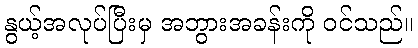
နွယ့်အလုပ်ပြီးမှ အဘွားအခန်းကို ဝင်သည်။